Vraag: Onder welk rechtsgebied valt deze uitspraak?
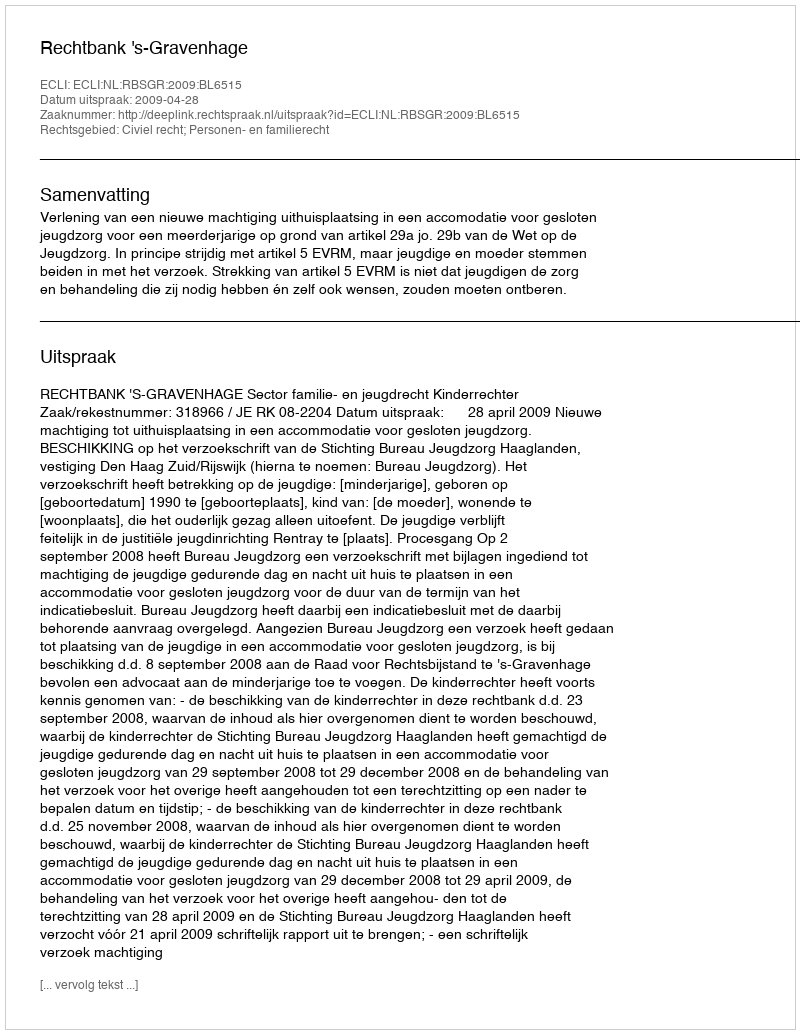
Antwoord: Civiel recht; Personen- en familierecht